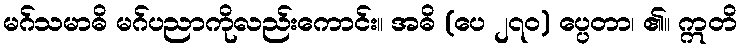
မဂ်သမာဓိ မဂ်ပညာကိုလည်းကောင်း။ အဓိ (ပေ ၂၇၀) ပ္ပေတာ၊ ၏။ ဣတိ